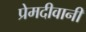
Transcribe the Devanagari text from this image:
प्रेमदीवानी